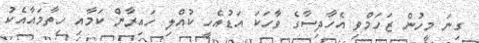
ގިނަ މީހުން ޒަހަމްވި އެހާދިސާގެ ވާހަކަ އަޑުއެހީ ކުއްލި ހައިރާން ކަމާއި ހިތާމައާއެކު